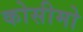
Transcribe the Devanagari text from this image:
कोसीमो